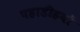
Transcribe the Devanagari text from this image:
पहाडीहयों